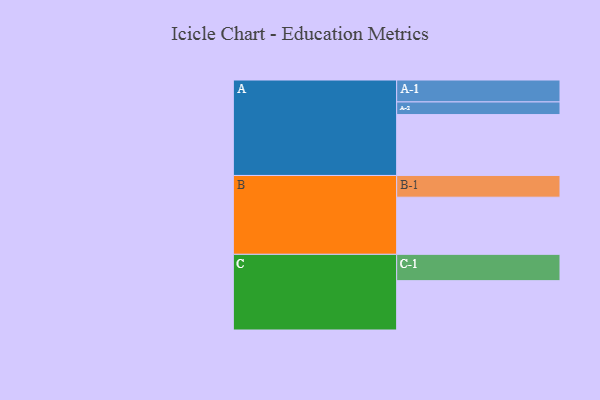
{"axis": {"x": "Segment", "y": "Value"}, "legend": ["", "A", "B", "C"], "data": [{"x": "A", "y": 569, "type": ""}, {"x": "B", "y": 534, "type": ""}, {"x": "C", "y": 461, "type": ""}, {"x": "A-1", "y": 205, "type": "A"}, {"x": "A-2", "y": 118, "type": "A"}, {"x": "B-1", "y": 203, "type": "B"}, {"x": "C-1", "y": 246, "type": "C"}]}